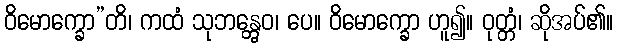
ဝိမောက္ခော”တိ၊ ကထံ သုဘန္တွေဝ၊ ပေ။ ဝိမောက္ခော ဟူ၍။ ဝုတ္တံ၊ ဆိုအပ်၏။